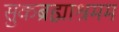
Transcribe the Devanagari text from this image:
सुकब्रह्माश्रमम